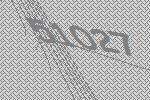
51027